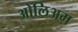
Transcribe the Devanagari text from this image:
ओलिअम